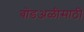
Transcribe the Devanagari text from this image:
बोंडअळीसाठी